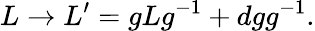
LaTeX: L\rightarrow L^{\prime}=gLg^{-1}+dgg^{-1}.